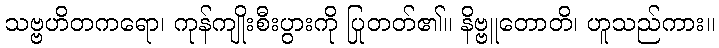
သဗ္ဗဟိတကရော၊ ကုန်ကျိုးစီးပွားကို ပြုတတ်၏။ နိဗ္ဗူတောတိ၊ ဟူသည်ကား။